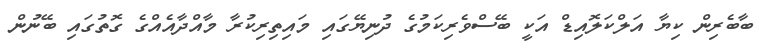
ބާބެރިން ކިޔާ އަލްކަލޮއިޑް އަކީ ބޭސްވެރިކަމުގެ ދުނިޔޭގައި މައިތިރިކުރާ މާއްދާއެއްގެ ގޮތުގައި ބޭނުން